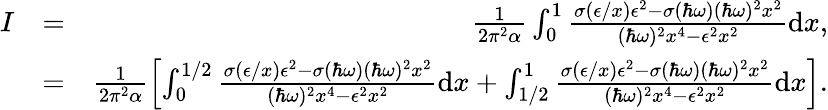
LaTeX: \begin{array}{rlr}{I}&{=}&{\frac{1}{2\pi^{2}\alpha}\int_{0}^{1}\frac{\sigma(\epsilon/x)\epsilon^{2}-\sigma(\hbar\omega)(\hbar\omega)^{2}x^{2}}{(\hbar\omega)^{2}x^{4}-\epsilon^{2}x^{2}}\textrm{d}x,}\\ &{=}&{\frac{1}{2\pi^{2}\alpha}\left[\int_{0}^{1/2}\frac{\sigma(\epsilon/x)\epsilon^{2}-\sigma(\hbar\omega)(\hbar\omega)^{2}x^{2}}{(\hbar\omega)^{2}x^{4}-\epsilon^{2}x^{2}}\textrm{d}x+\int_{1/2}^{1}\frac{\sigma(\epsilon/x)\epsilon^{2}-\sigma(\hbar\omega)(\hbar\omega)^{2}x^{2}}{(\hbar\omega)^{2}x^{4}-\epsilon^{2}x^{2}}\textrm{d}x\right].}\end{array}